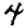
Digit: 4